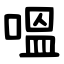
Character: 嗢